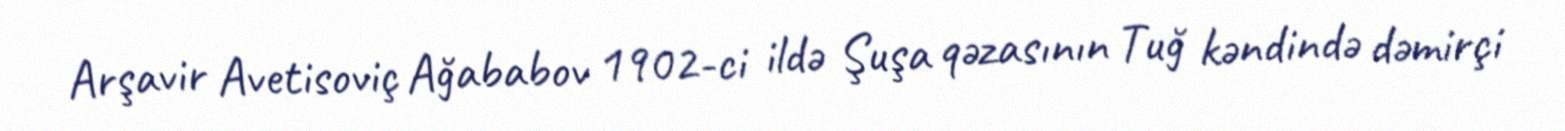
Arşavir Avetisoviç Ağababov 1902-ci ildə Şuşa qəzasının Tuğ kəndində dəmirçi